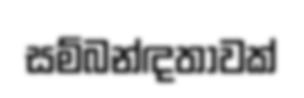
සම්බන්ඳතාවක්